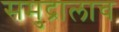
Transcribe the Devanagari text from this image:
समुद्रालाच